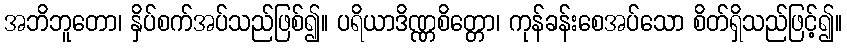
အဘိဘူတော၊ နှိပ်စက်အပ်သည်ဖြစ်၍။ ပရိယာဒိဏ္ဏစိတ္တော၊ ကုန်ခန်းစေအပ်သော စိတ်ရှိသည်ဖြင့်၍။